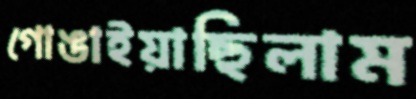
গোঙাইয়াছিলাম